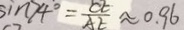
\sin 7 4 ^ { \circ } = \frac { C E } { A E } \approx 0 . 9 6